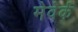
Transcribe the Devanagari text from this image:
मेवेर्क